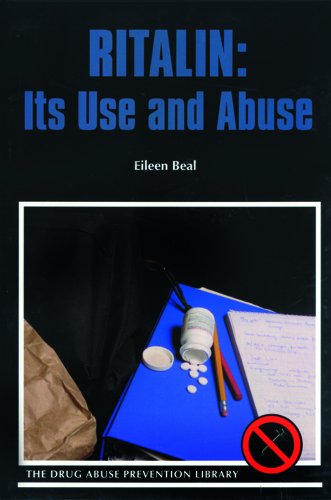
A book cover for Ritalin: Its Use and Abuse (Drug Abuse Prevention Library); Eileen Beal; Teen & Young Adult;